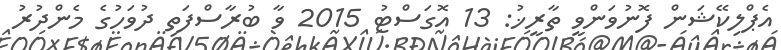
އެޕްލިކޭޝަން ފޮނުވަންވީ ތާރީޚު: 13 އޮގަސްޓު 2015 ވާ ބުރާސްފަތި ދުވަހުގެ މެންދުރު